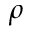
\rho